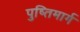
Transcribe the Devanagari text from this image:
पुष्तिमार्ग